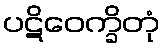
ပဋိဝေက္ခိတုံ